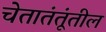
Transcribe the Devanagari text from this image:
चेतातंतूंतील